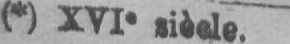
(*) XVIe siècle.